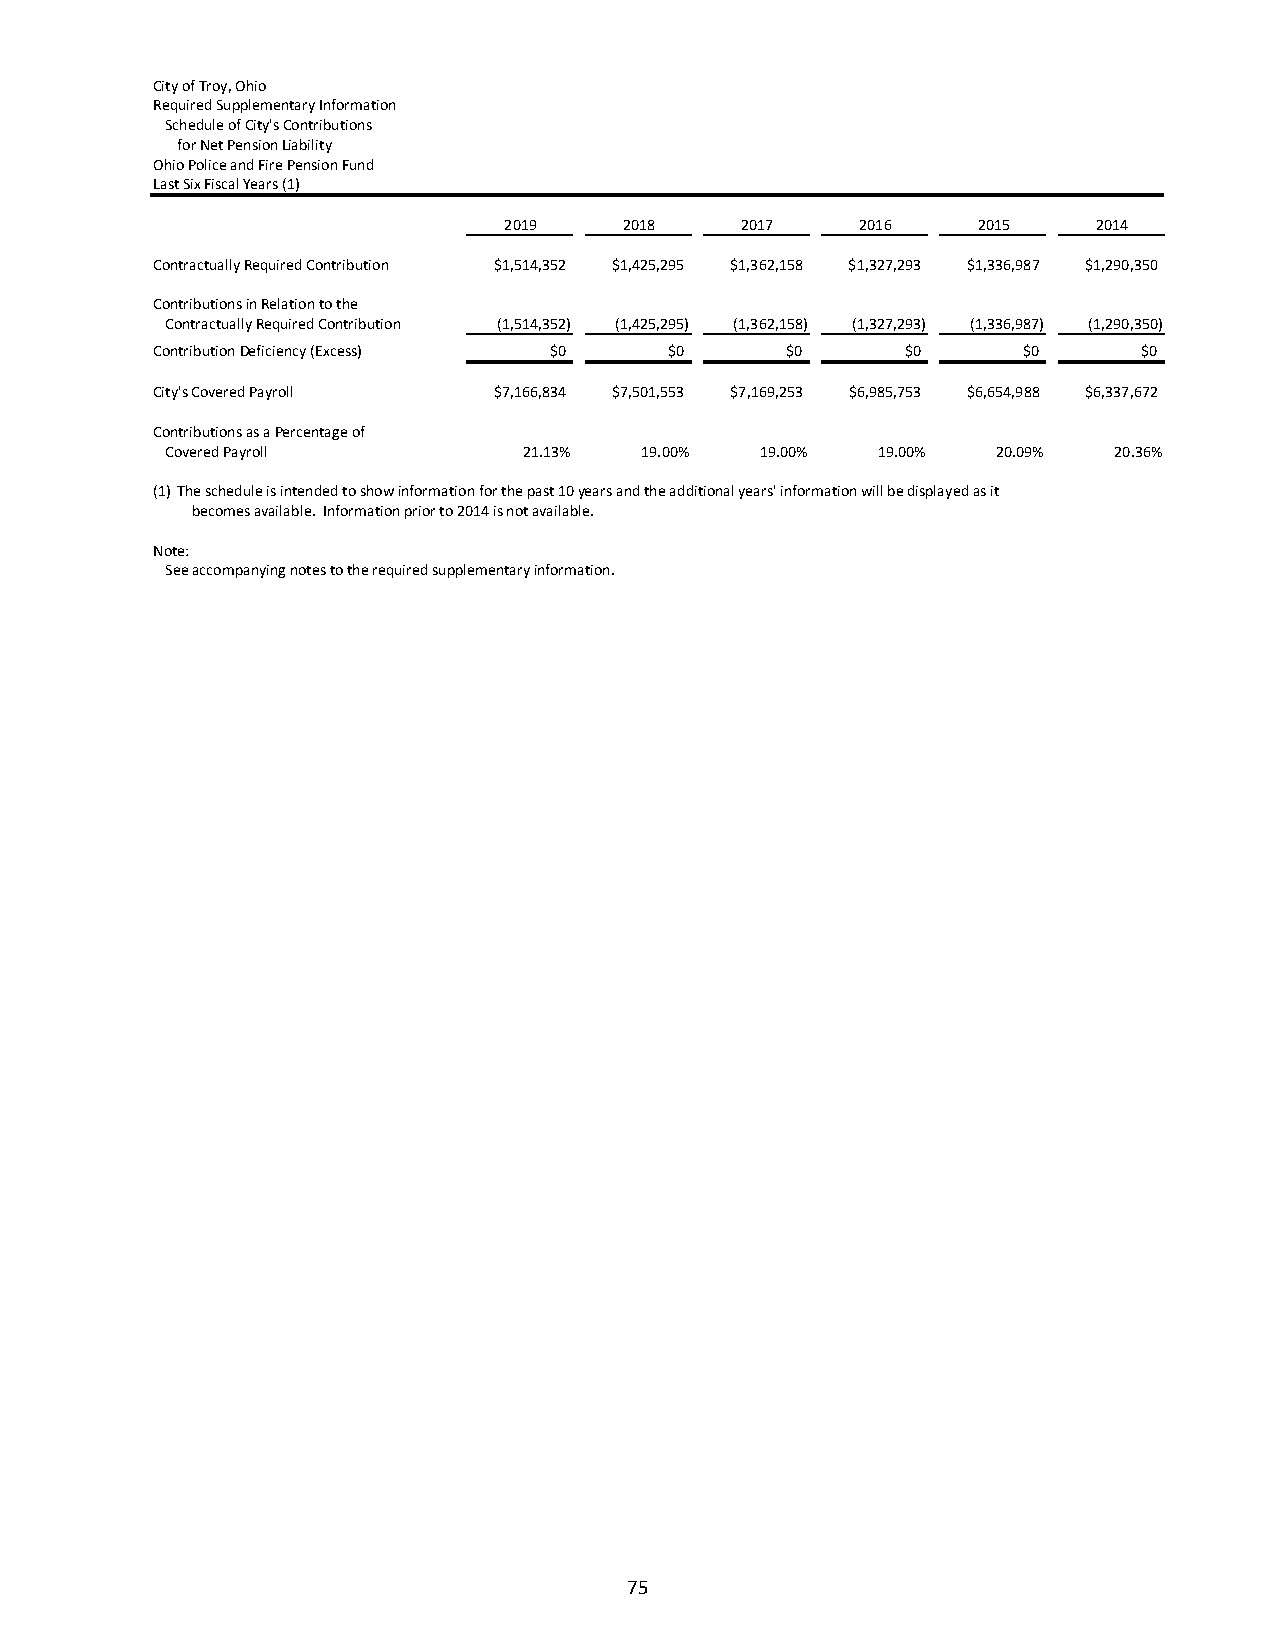
City of Troy, Ohio
 Required Supplementary Information
 Schedule of City's Contributions
 for Net Pension Liability
 Ohio Police and Fire Pension Fund
 Last Six Fiscal Years (1)
 2019    2018    2017    2016    2015    2014
 Contractually Required Contribution $1,514,352 $1,425,295 $1,362,158 $1,327,293 $1,336,987 $1,290,350
 Contributions in Relation to the
 Contractually Required Contribution (1,514,352) (1,425,295) (1,362,158) (1,327,293) (1,336,987) (1,290,350)
 Contribution Deficiency (Excess) $0 $0    $0      $0      $0      $0
 City's Covered Payroll $7,166,834 $7,501,553 $7,169,253 $6,985,753 $6,654,988 $6,337,672
 Contributions as a Percentage of
 Covered Payroll         21.13% 19.00%  19.00%  19.00%  20.09%  20.36%
 (1)The schedule is intended to show information for the past 10 years and the additional years' information will be displayed as it
 becomes available. Information prior to 2014 is not available.
 Note:
 See accompanying notes to the required supplementary information.
 75